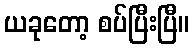
ယခုတော့ စပ်ပြီးပြီ။